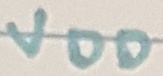
Text: VDD